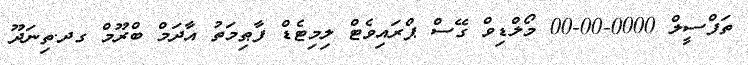
ތަފްސީލް 0000-00-00 މޯލްޑިވް ގޭސް ޕްރައިވެޓް ލިމިޓެޑް ފާޠިމަތު އާދަމް ބްރޫމް ގދ.ތިނަދޫ